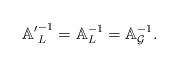
LaTeX: \begin{align*} \mathbb{A'}^{-1}_L=\mathbb{A}^{-1}_L=\mathbb{A}_\mathcal{G}^{-1}. \end{align*}